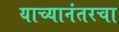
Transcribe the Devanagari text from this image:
याच्यानंतरचा